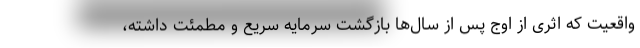
واقعیت که اثری از اوج پس از سال‌ها بازگشت سرمایه سریع و مطمئت داشته،